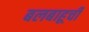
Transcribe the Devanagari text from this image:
बलबाहूची